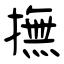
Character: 撫